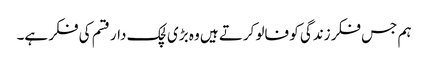
ہم جس فکر زندگی کو فالو کرتے ہیں وہ بڑی لچک دار قسم کی فکر ہے۔